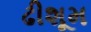
ઢીશૂમ